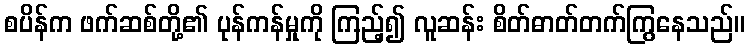
စပိန်က ဖက်ဆစ်တို့၏ ပုန်ကန်မှုကို ကြည့်၍ လူဆန်း စိတ်ဓာတ်တက်ကြွနေသည်။